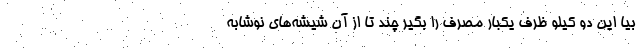
بیا این دو کیلو ظرف یکبار مصرف را بگیر چند تا از آن شیشه‌های نوشابه